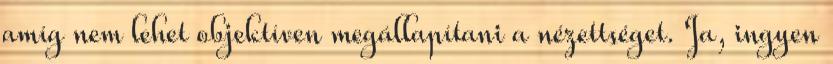
amíg nem lehet objektíven megállapítani a nézettséget. Ja, ingyen